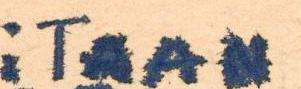
i TAAN